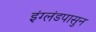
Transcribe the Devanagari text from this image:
इंग्लंडपासुन